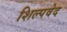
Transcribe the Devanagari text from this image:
शिल्पवेद